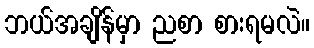
ဘယ်အချိန်မှာ ညစာ စားရမလဲ။